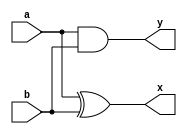
module HA(x,y,a,b);
input a,b;
output x,y;

xor g1 (x,a,b);
and g2 (y,a,b);

endmodule